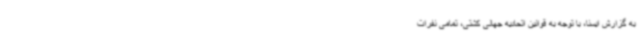
به گزارش ایسنا، با توجه به قوانین اتحادیه جهانی کشتی، تمامی نفرات